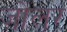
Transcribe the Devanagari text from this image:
ज़ोलर